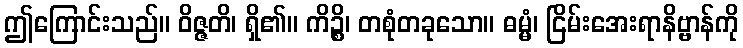
ဤကြောင်းသည်။ ဝိဇ္ဇတိ၊ ရှိ၏။ ကိဉ္စိ၊ တစုံတခုသော။ ဓမ္မံ၊ ငြိမ်းအေးရာနိဗ္ဗာန်ကို